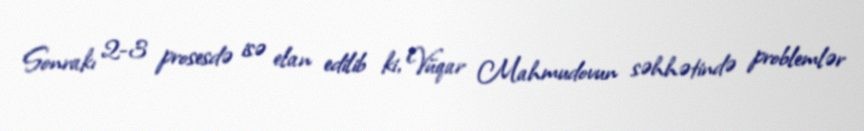
Sonrakı 2-3 prosesdə isə elan edilib ki, Vüqar Mahmudovun səhhətində problemlər